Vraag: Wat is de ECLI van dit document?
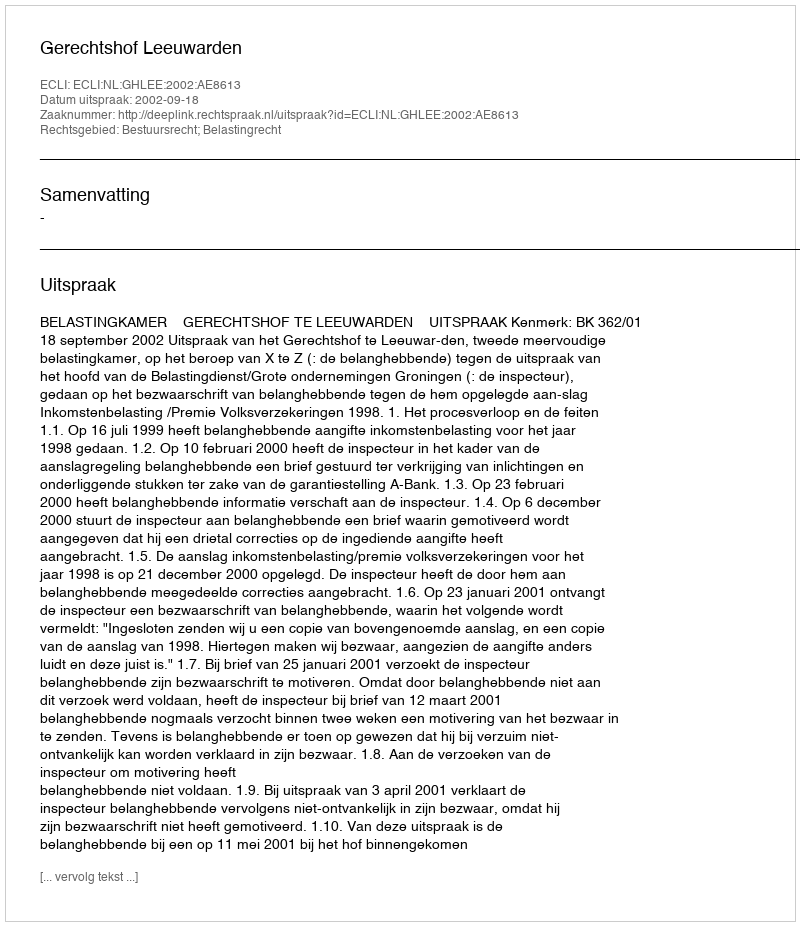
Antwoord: ECLI:NL:GHLEE:2002:AE8613